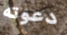
دعوته